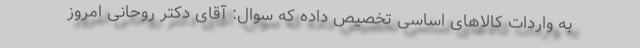
به واردات کالاهای اساسی تخصیص داده که سوال: آقای دکتر روحانی امروز